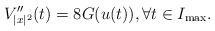
LaTeX: \begin{align*} V''_{|x|^2} (t) = 8 G(u(t)), \forall t\in I_{\max}.\end{align*}